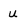
Character: u